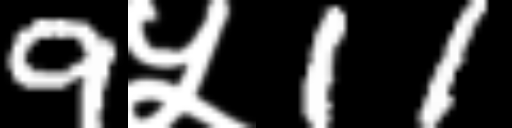
Text: 9५11